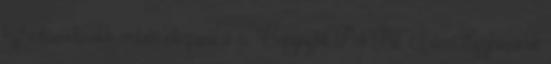
legfantáziadúsabb emberi elképzelést is. Copyright Póli Pál, Isten Egyházának